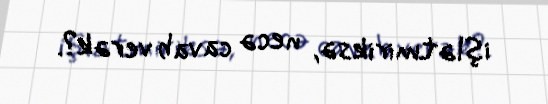
işlətmiriksə, necə cavab verək?.